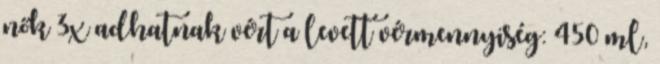
nők 3x adhatnak vért a levett vérmennyiség: 450 ml,